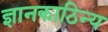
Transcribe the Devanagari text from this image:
ज्ञानकाठिन्य